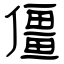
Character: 僵